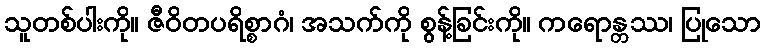
သူတစ်ပါးကို။ ဇီဝိတပရိစ္စာဂံ၊ အသက်ကို စွန့်ခြင်းကို။ ကရောန္တဿ၊ ပြုသော